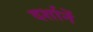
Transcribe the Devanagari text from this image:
दर्शानें